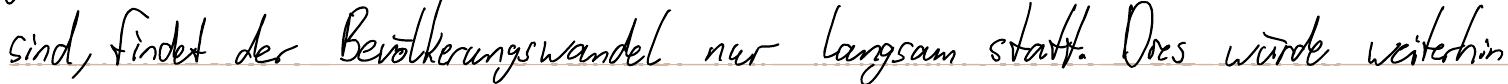
sind, findet der Bevölkerungswandel nur langsam statt. Dies würde weiterhin